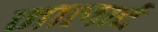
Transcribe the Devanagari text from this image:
मालार्द